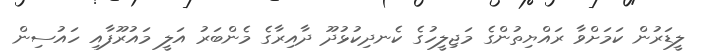
ލީޑަރުން ކަމަށްވާ ރައްޔިތުންގެ މަޖިލީހުގެ ކެނދިކުޅުދޫ ދާއިރާގެ މެންބަރު އަލީ މައުރޫފާއި ހައުސިން